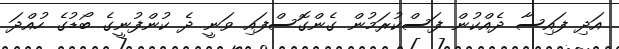
އަދި ފައިސާ ދެއްކުން ފަސްކުރަމުން ގެންގޮސްފައި ވަނީ ދެ ކުންފުނީގެ ބޯޑުގެ ހުއްދަ